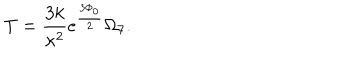
T = \frac { 3 k } { \kappa ^ { 2 } } e ^ { \frac { 3 \Phi _ { 0 } } { 2 } } \Omega _ { 7 } .